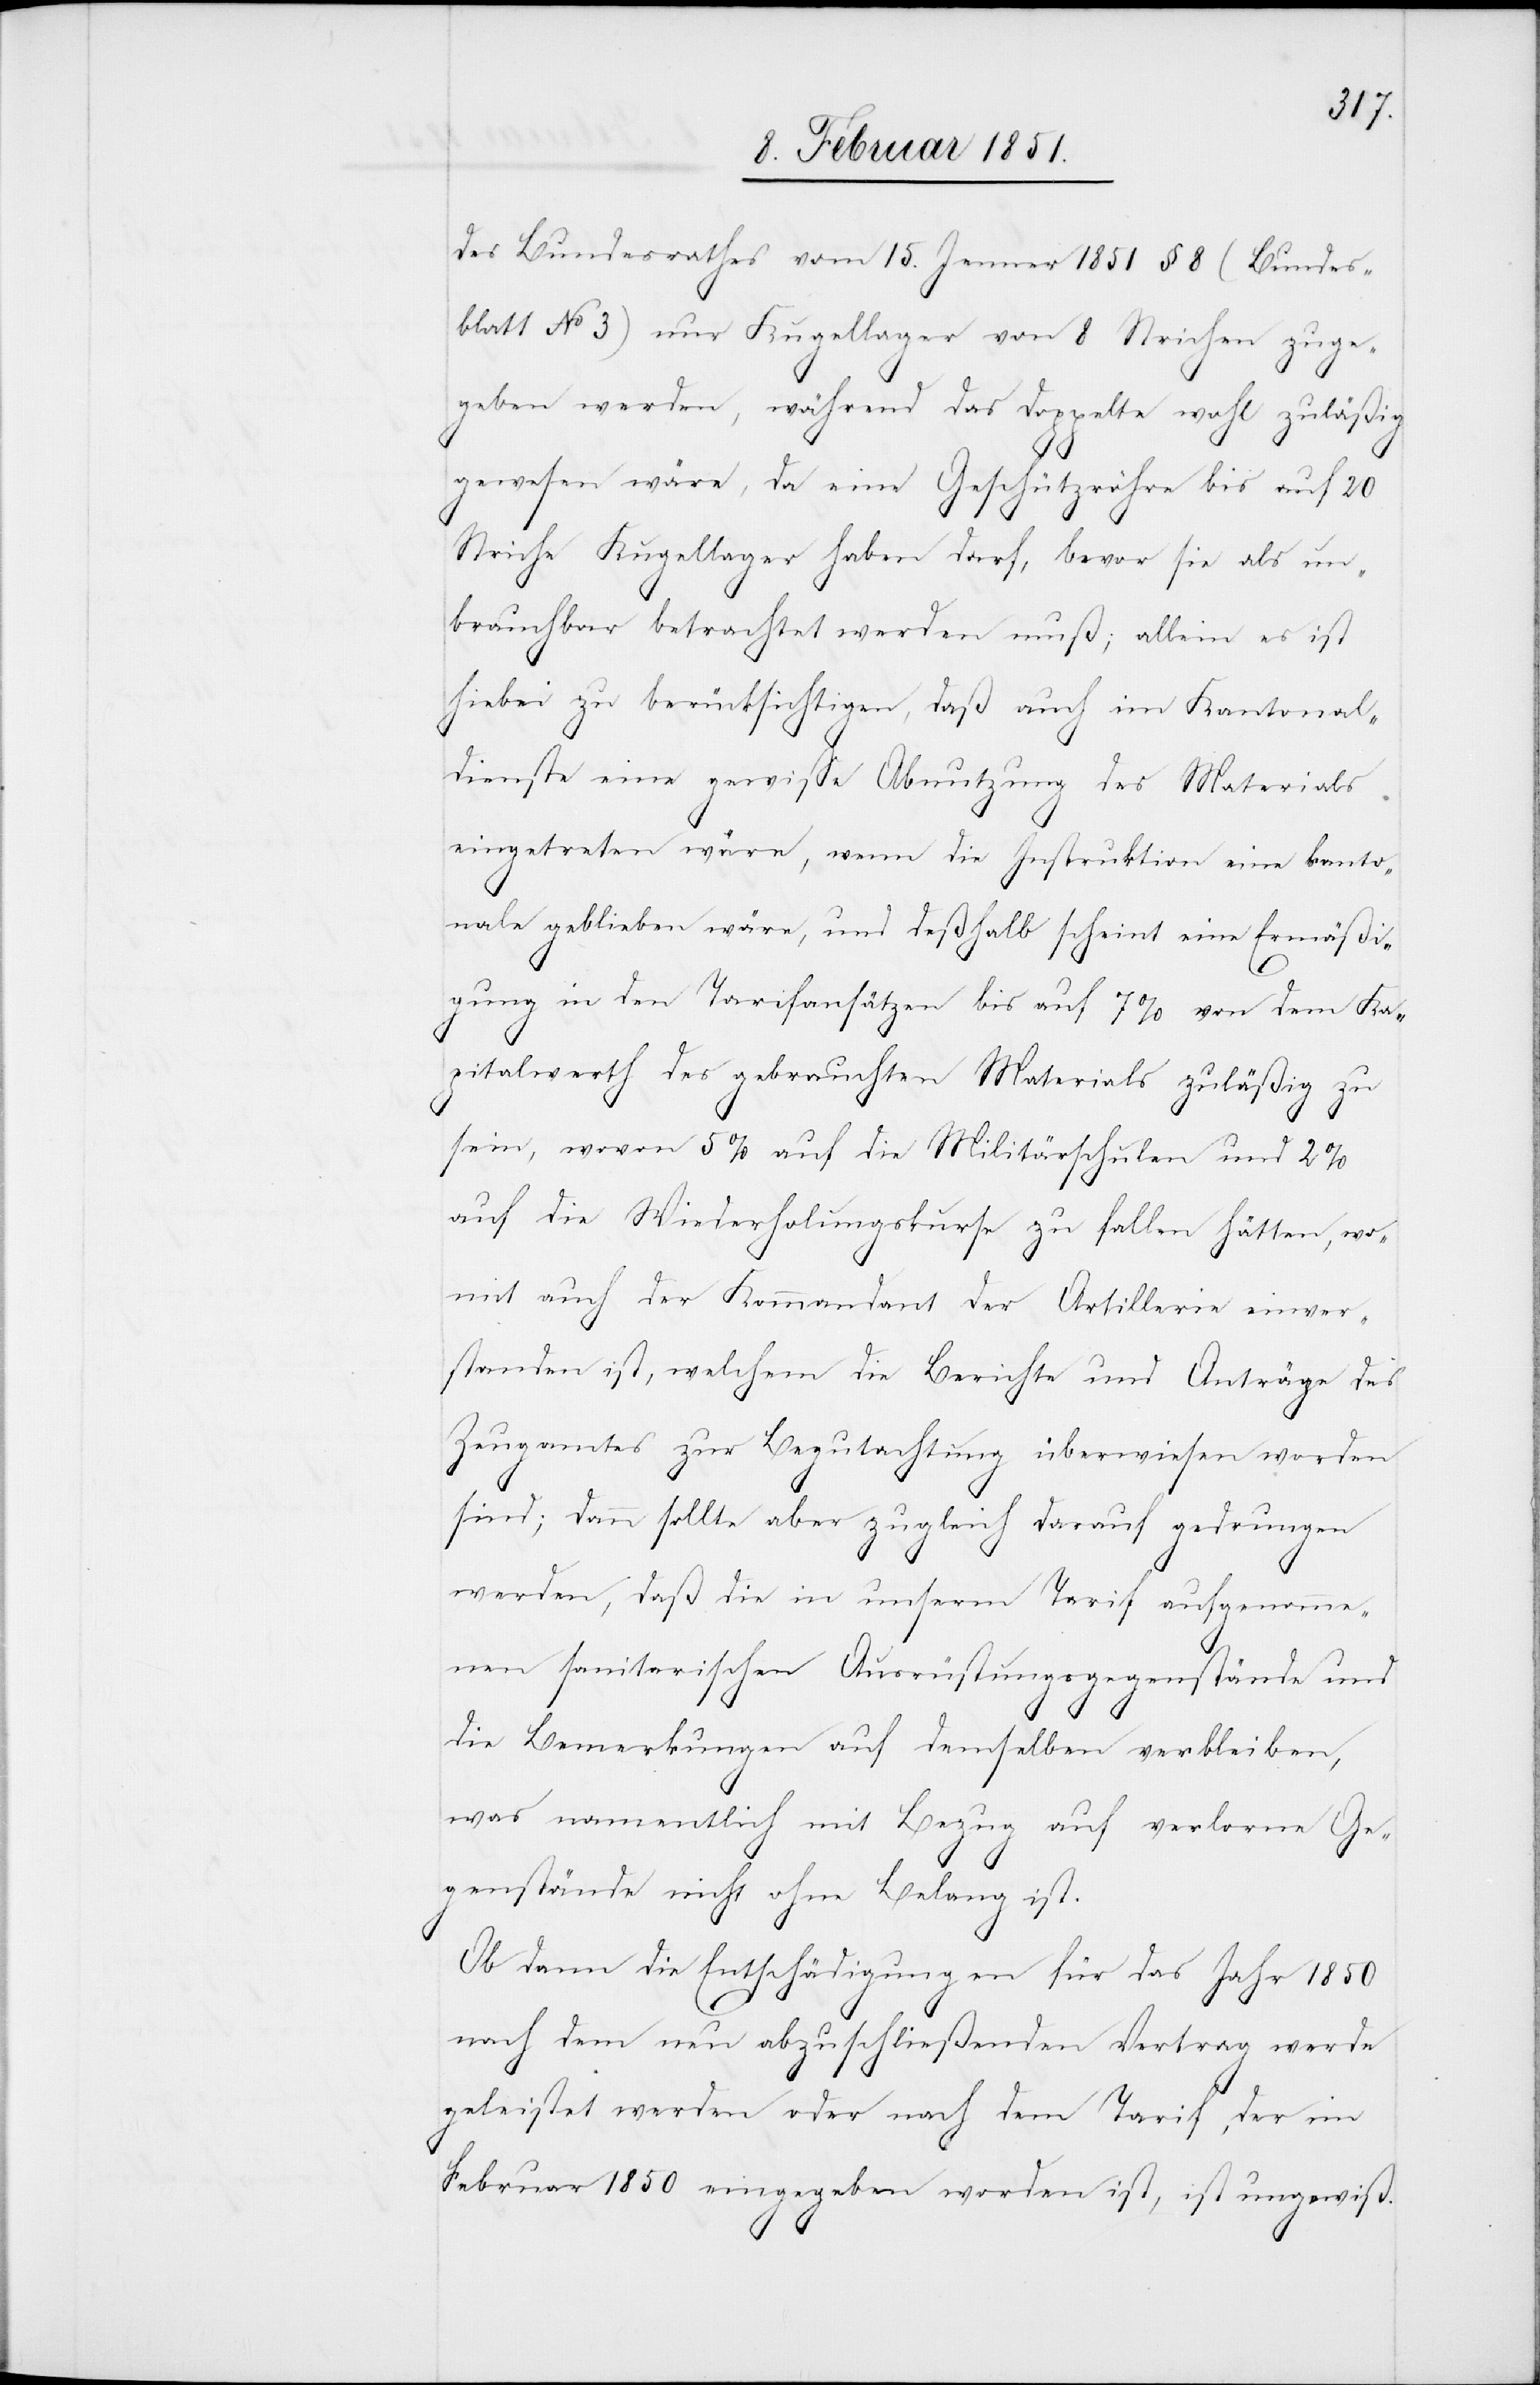
des Bundesrathes vom 15. Jenner 1851 § 8 (Bundes¬
blatt No 3) nur Kugellager von 8 Strichen zuge¬
geben werden, während das doppelte wohl zuläßig
gewesen wäre, da eine Geschützröhre bis auf 20
Striche Kugellager haben darf, bevor sie als un¬
brauchbar betrachtet werden muß; allein es ist
hiebei zu berücksichtigen, daß auch im Kantonal¬
dienste eine gewisse Abnutzung des Materials
eingetreten wäre, wenn die Instruktion eine kanto¬
nale geblieben wäre, und deßhalb scheint eine Ermäßi¬
gung in den Tarifansätzen bis auf 7% von dem Ka¬
pitalwerth des gebrauchten Materials zuläßig zu
sein, wovon 5% auf die Militärschulen und 2%
auf die Wiederholungskurse zu fallen hätten, wo¬
mit auch der Kommandant der Artillerie einver¬
standen ist, welchem die Berichte und Anträge des
Zeugamtes zur Begutachtung überwiesen worden
sind; dann sollte aber zugleich darauf gedrungen
werden, daß die in unserm Tarif aufgenomme¬
nen sanitarischen Ausrüstungsgegenstände und
die Bemerkungen auf demselben verbleiben,
was namentlich mit Bezug auf verlorne Ge¬
genstände nicht ohne Belang ist.
Ob dann die Entschädigungen für das Jahr 1850
nach dem neu abzuschließenden Vertrag werde[n]
geleistet werden oder nach dem Tarif, der im
Februar 1850 eingegeben worden ist, ist ungewiß.